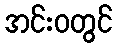
အင်းဝတွင်